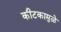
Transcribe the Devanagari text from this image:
कीटकामुळे